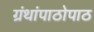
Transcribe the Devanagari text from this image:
ग्रंथांपाठोपाठ